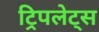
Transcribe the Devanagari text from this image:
ट्रिपलेट्स